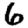
Digit: 6